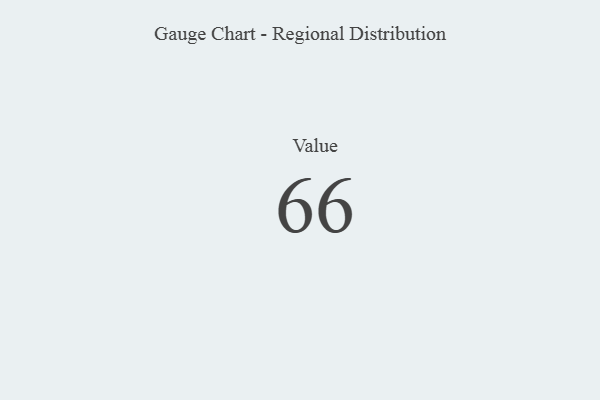
{"axis": {"x": "Metric", "y": "Value"}, "legend": [""], "data": [{"x": "Value", "y": 66, "type": ""}]}